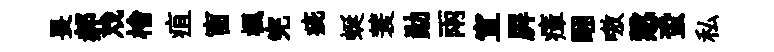
畏郝戏檜疽窗楓完疵蜒蓑勛兩宣屛瘴睏嗷慤蛩私